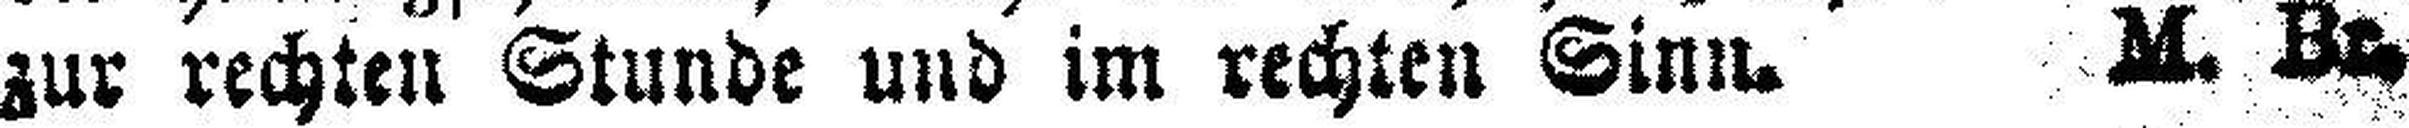
zur rechten Stunde und im rechten Sinn. M. Br.